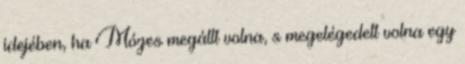
idejében, ha Mózes megállt volna, s megelégedett volna egy